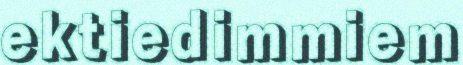
ektiedimmiem